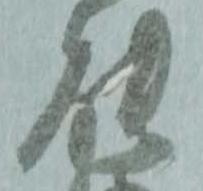
能